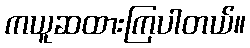
ကယူဆထားကြပါတယ်။